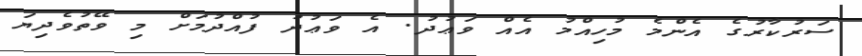
ސަރުކާރުގެ އެންމެ މުހިއްމު އެއް ވަޢުދު. އެ ވަޢުދު ފުއްދުމަށް މި ވޭތުވެދިޔަ